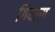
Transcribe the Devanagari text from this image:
गियास